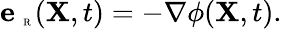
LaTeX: \textbf{e}_{\mathrm{~\tiny~R~}}({\mathbf X},t)=-\nabla\phi({\mathbf X},t).